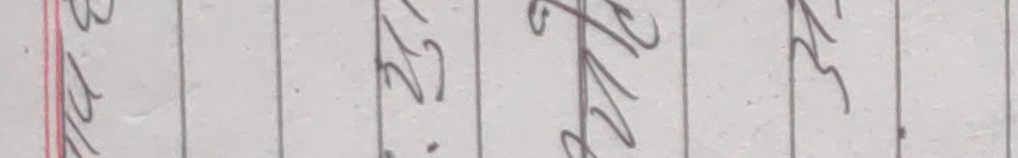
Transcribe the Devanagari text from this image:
१३२